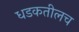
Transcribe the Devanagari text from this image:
धडकतीलच